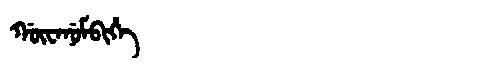
Manchu: ᡤᡡᠸᠠᠨᡠᠮᠪᡳᡥᡝ
Romanization: GŪWANUMBIHE